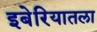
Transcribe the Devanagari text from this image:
इबेरियातला